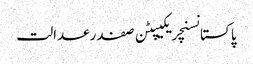
پاکستانسنچریکیپٹن صفدرعدالت